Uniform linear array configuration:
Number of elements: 24
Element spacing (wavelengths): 0.75
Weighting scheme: binomial
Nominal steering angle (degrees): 0
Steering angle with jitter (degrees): -1.251
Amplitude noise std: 0.05
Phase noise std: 0.05

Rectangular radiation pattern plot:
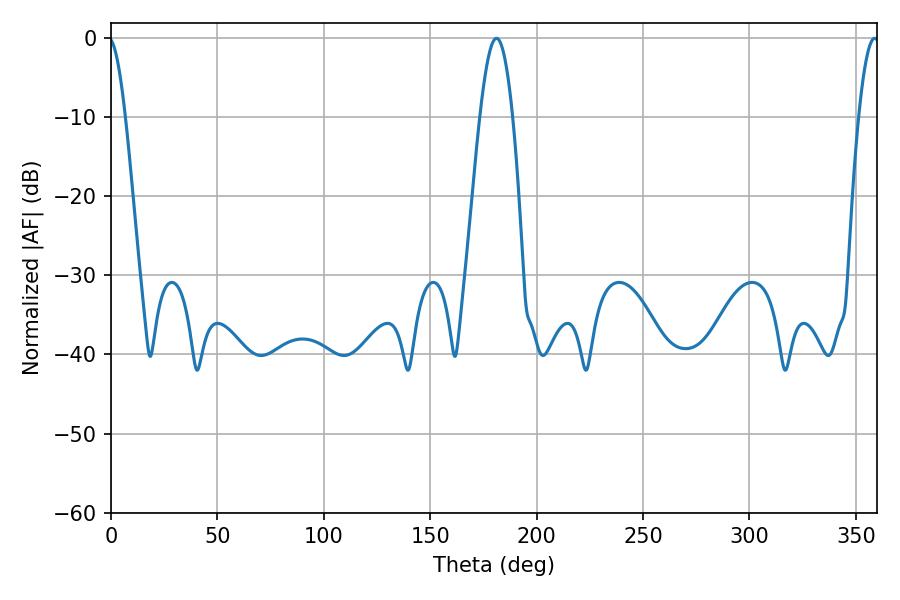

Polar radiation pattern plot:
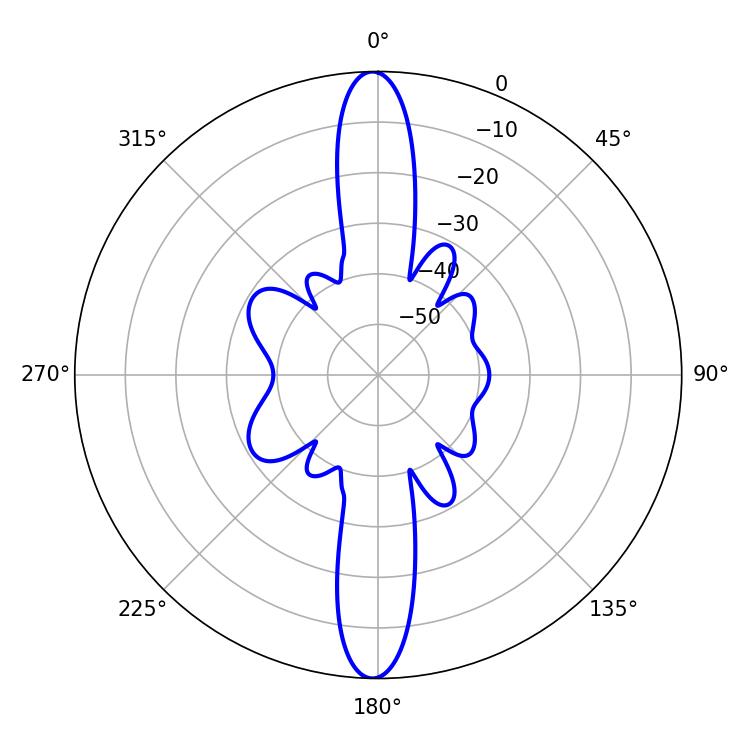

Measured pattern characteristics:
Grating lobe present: TRUE
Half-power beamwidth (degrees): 8.28
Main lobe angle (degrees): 181.08